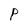
Character: P